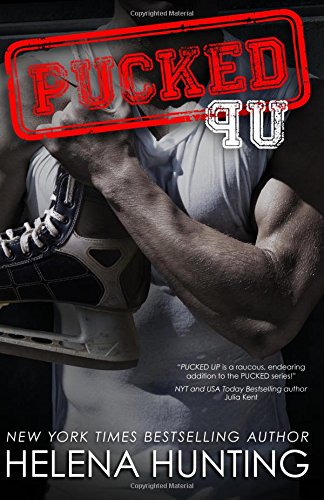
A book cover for Pucked Up (The Pucked Series) (Volume 2); Helena Hunting; Romance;